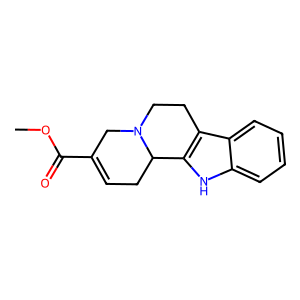
SMILES: COC(=O)C1=CCC2c3[nH]c4ccccc4c3CCN2C1
Inhibits HIV replication: No